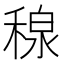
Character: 𥠘